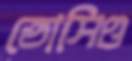
তোসিও